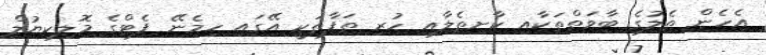
އެހެން ތެލުގެ ބާވަތްތަކާއި ކާށިތެލާއި ހުރި ތަފާތަކީ އޭގައި ހިމެނޭ ފެޓްގެ މޮލިކިޔުލް